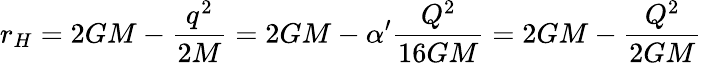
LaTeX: r_{H}=2GM-\frac{q^{2}}{2M}=2GM-\alpha^{\prime}\frac{Q^{2}}{16GM}=2GM-\frac{Q^{2}}{2GM}